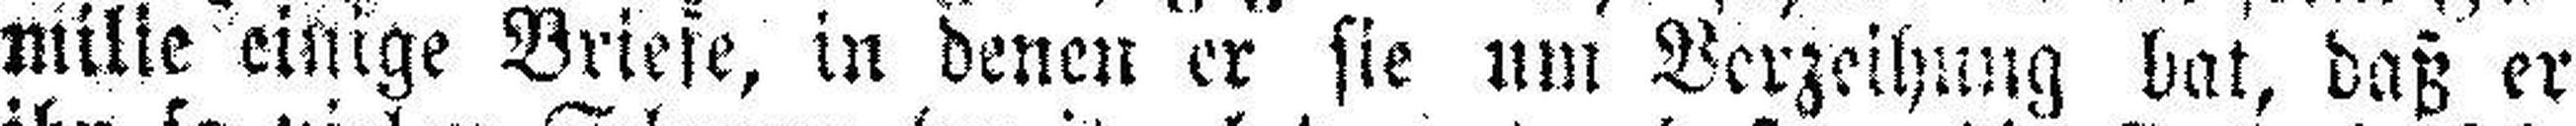
milie einige Briese, in denen er sie um Verzeihung bat, daß er